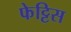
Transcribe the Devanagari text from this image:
फेट्टिस